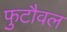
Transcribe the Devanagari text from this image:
फुटौवल